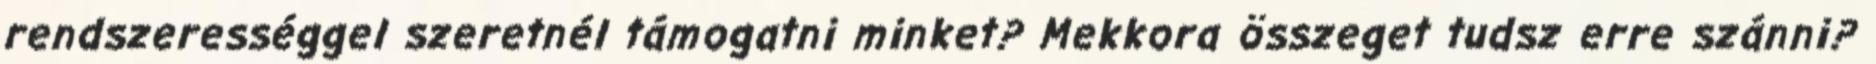
rendszerességgel szeretnél támogatni minket? Mekkora összeget tudsz erre szánni?